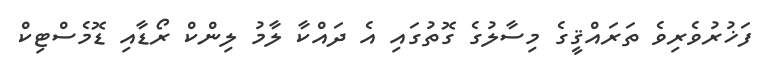
ފަޚުރުވެރިވެ ތަރައްޤީގެ މިސާލުގެ ގޮތުގައި އެ ދައްކާ ލާމު ލިންކް ރޯޑާއި ޑޮމެސްޓިކް